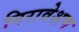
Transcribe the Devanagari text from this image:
निरावेशण